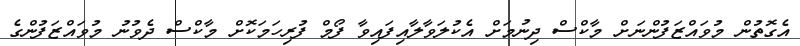
އެގޮތުން މުވައްޒަފުންނަށް މާކްސް ދިނުމަށް އެކުލަވާލާއިފައިވާ ފޯމް ފުރިހަމަކޮށް މާކްސް ދެވުނު މުވައްޒަފުންގެ